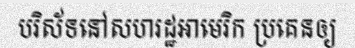
បរិស័ទនៅសហរដ្ឋអាមេរិក ប្រគេនឲ្យ